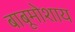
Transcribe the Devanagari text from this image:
बाबूमोशाय